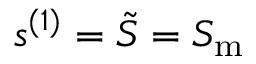
s ^ { ( 1 ) } = \tilde { S } = S _ { \mathrm { m } }